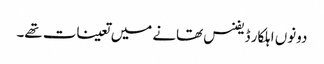
دونوں اہلکار ڈیفنس تھانے میں تعینات تھے۔